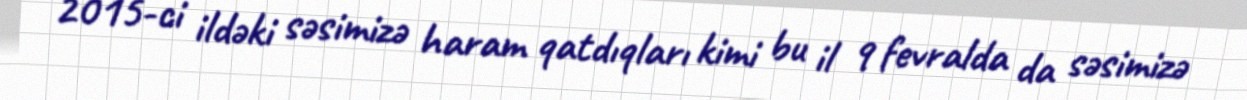
2015-ci ildəki səsimizə haram qatdıqları kimi bu il 9 fevralda da səsimizə